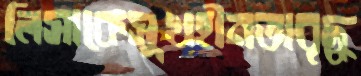
লিসাকেসুখহীনতাবৃদ্ধ